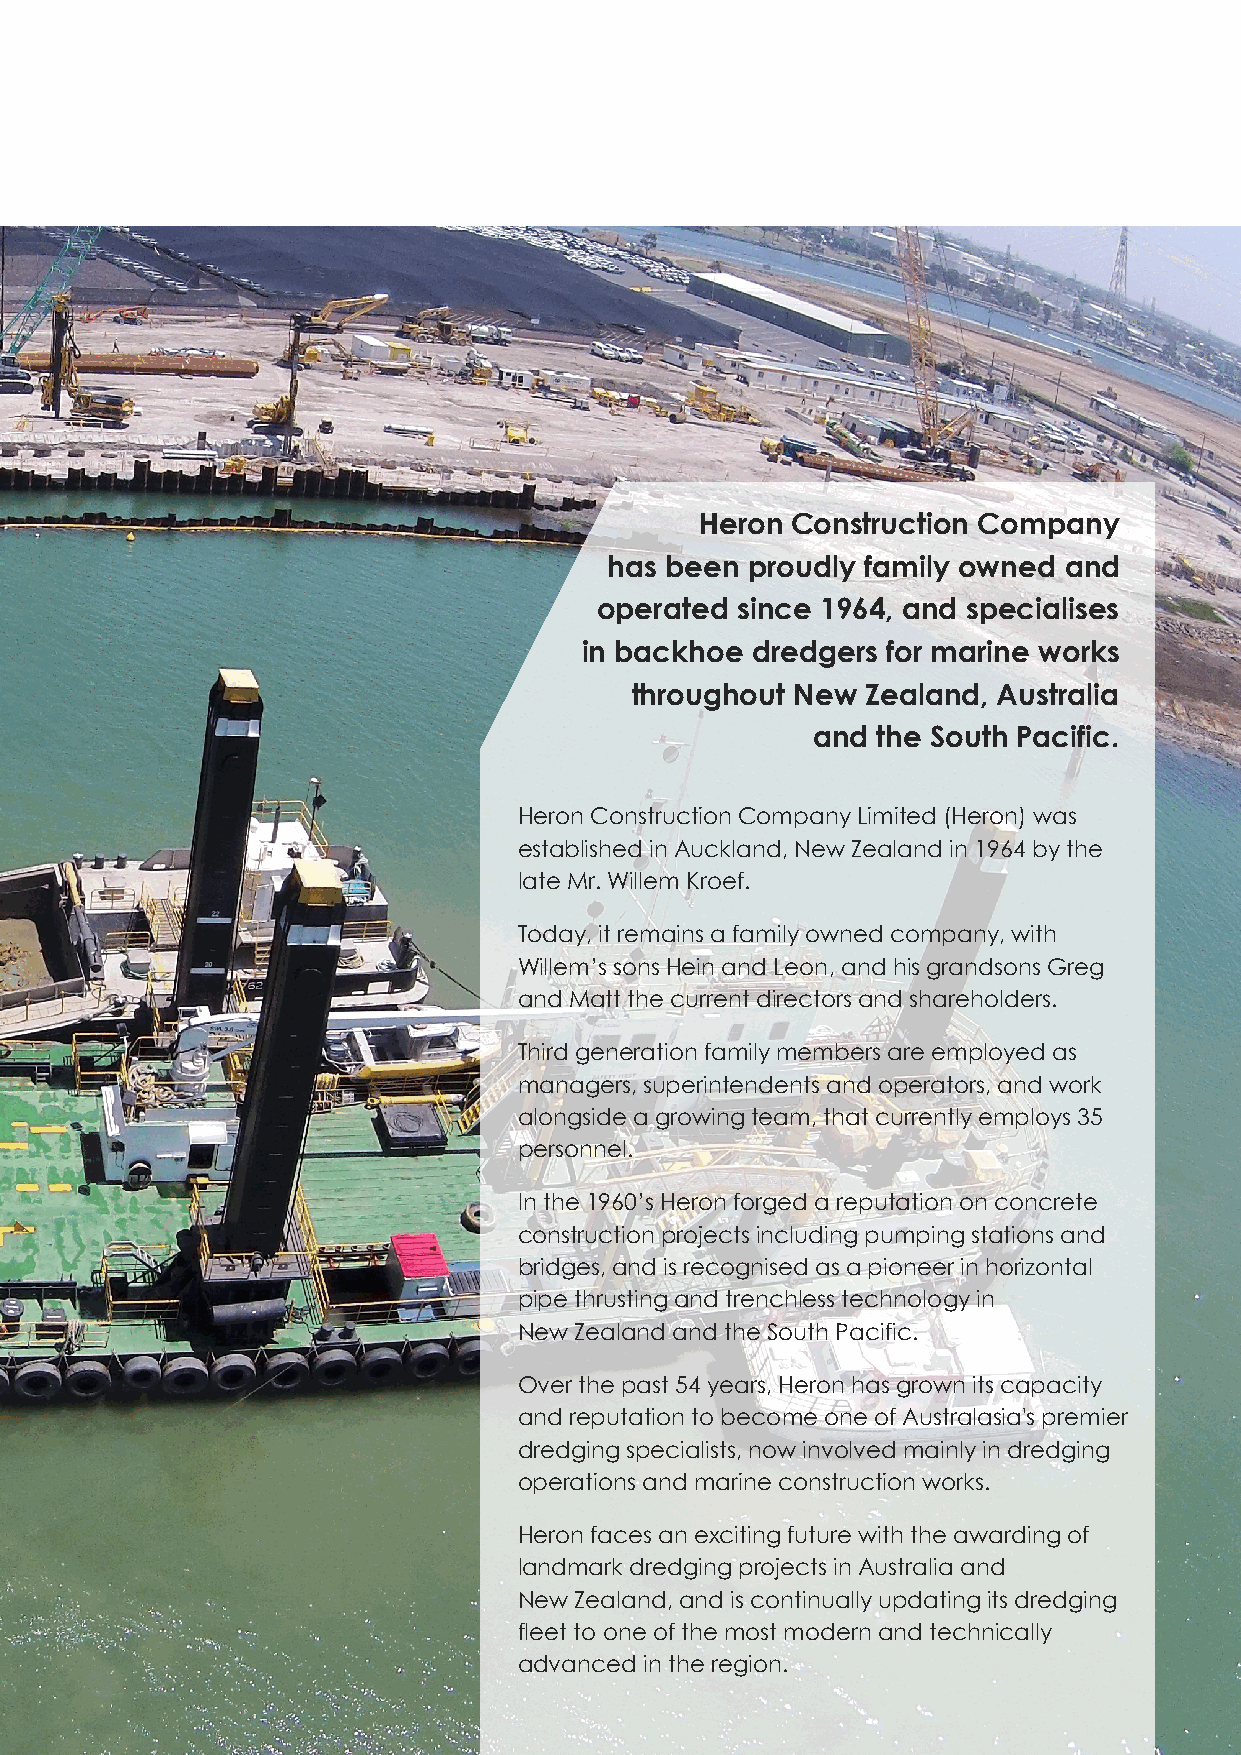
Heron Construction Company
 has been proudly family owned and
 operated  since 1964, and specialises
 in backhoe dredgers for marine works
 throughout New Zealand, Australia
 and the South Pacific.
 Heron Construction Company Limited (Heron) was
 established in Auckland, New Zealand in 1964 by the
 late Mr. Willem Kroef.
 Today, it remains a family owned company, with
 Willem’s sons Hein and Leon, and his grandsons Greg
 and Matt the current directors and shareholders.
 Third generation family members are employed as
 managers, superintendents and operators, and work
 alongside a growing team, that currently employs 35
 personnel.
 In the 1960’s Heron forged a reputation on concrete
 construction projects including pumping stations and
 bridges, and is recognised as a pioneer in horizontal
 pipe thrusting and trenchless technology in
 New Zealand and the South Pacific.
 Over the past 54 years, Heron has grown its capacity
 and reputation to become one of Australasia's premier
 dredging specialists, now involved mainly in dredging
 operations and marine construction works.
 Heron faces an exciting future with the awarding of
 landmark dredging projects in Australia and
 New Zealand, and is continually updating its dredging
 fleet to one of the most modern and technically
 advanced in the region.